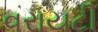
વરાયટી